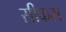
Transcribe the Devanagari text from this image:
सीकस